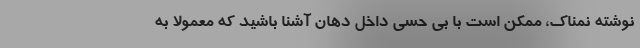
نوشته نمناک، ممکن است با بی حسی داخل دهان آشنا باشید که معمولاً به